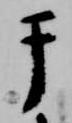
于